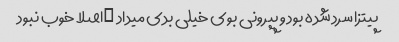
پیتزا سرد شده بود و پپرونی بوی خیلی بدی میداد …اصلا خوب نبود